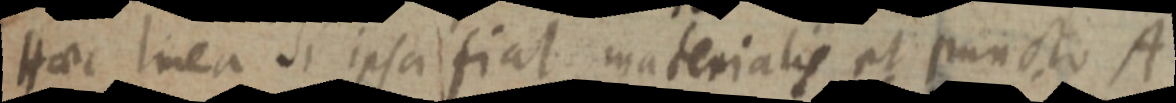
Haec linea si ipsa fiat materialis et puncto A